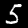
Label: 5